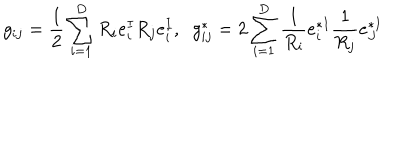
g _ { i j } = \frac { 1 } { 2 } \sum _ { i = 1 } ^ { D } R _ { i } e _ { i } ^ { I } R _ { j } e _ { i } ^ { I } , \; \; g _ { i j } ^ { * } = 2 \sum _ { i = 1 } ^ { D } \frac { 1 } { R _ { i } } e _ { i } ^ { * I } \frac { 1 } { R _ { j } } e _ { J } ^ { * I }